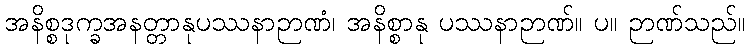
အနိစ္စဒုက္ခအနတ္တာနုပဿနာဉာဏံ၊ အနိစ္စာနု ပဿနာဉာဏ်။ ပ။ ဉာဏ်သည်။